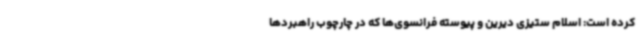
کرده است: اسلام ستیزی دیرین و پیوسته فرانسوی‌ها که در چارچوب راهبردها